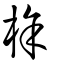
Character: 梌